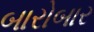
બારોબાર